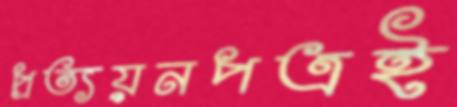
প্রত্যয়নপত্রই